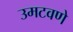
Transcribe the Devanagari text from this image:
उमटवणे